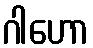
ဂါဟော